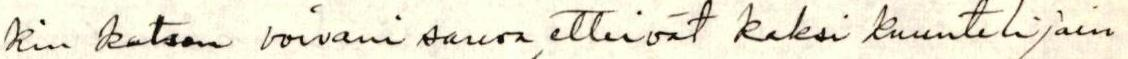
kin katson voivani sanoa, etteivät kaksi kuuntelijain